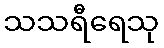
သသရီရေသု